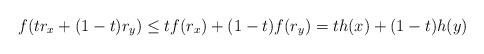
LaTeX: \begin{align*} f(tr_x+(1-t)r_y) \le tf(r_x) + (1-t)f(r_y) = th(x) + (1-t)h(y)\end{align*}